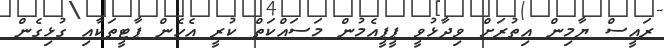
ރައީސް ޔާމިން އިތުރަށް ވިދާޅުވީ ޕީޕީއެމުން މަސައްކަތް ކުރީ އެހެން ޕާޓީތަކާއި ގުޅިގެން